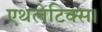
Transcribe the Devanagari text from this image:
एथलेटिक्स।